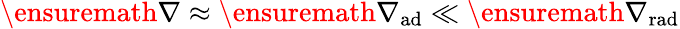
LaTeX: \ensuremath{\nabla}\approx\ensuremath{\nabla_{\mathrm{{ad}}}}\ll\ensuremath{\nabla_{\mathrm{{rad}}}}